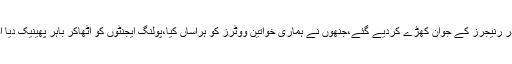
‘چناؤ کے دن پولنگ اسٹیشنوں کے اندر رنیجرز کے جوان کھڑے کردیے گئے،جنھوں نے ہماری خواتین ووٹرز کو ہراساں کیا،پولنگ ایجنٹوں کو اٹھاکر باہر پھینیک دیا اور جان بوجھ کر پولنگ کو سست کیا۔